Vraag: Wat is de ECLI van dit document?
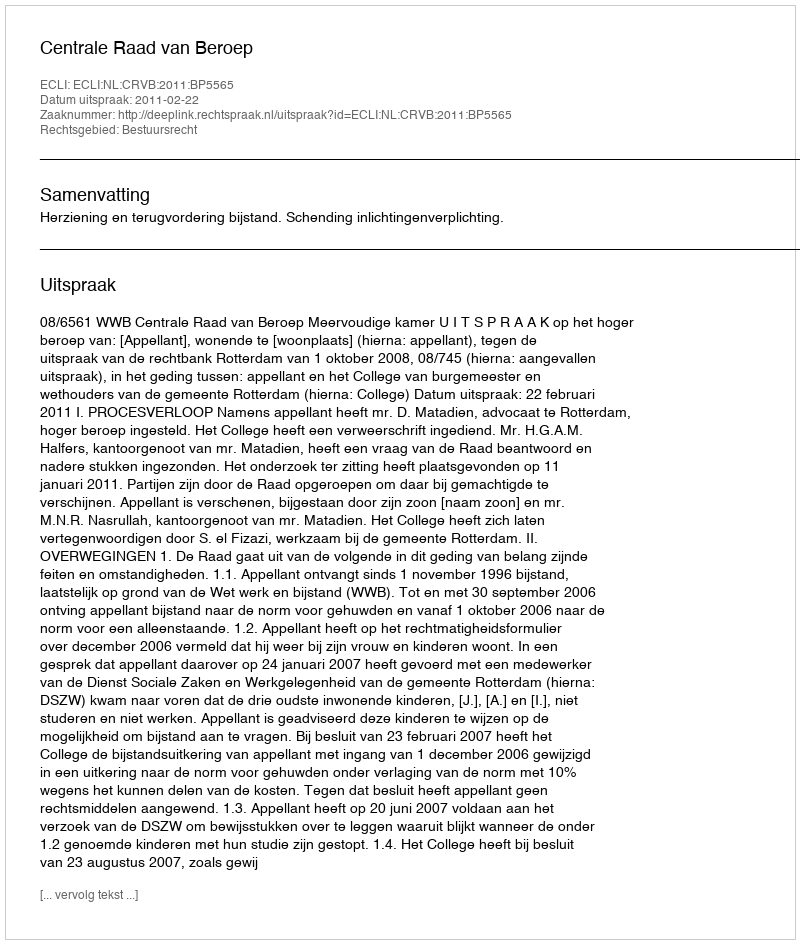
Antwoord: ECLI:NL:CRVB:2011:BP5565